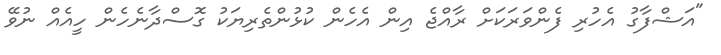
"އަޝްފާގު އެހުރި ފެންވަރަކަށް ރާއްޖެ އިން އެހެން ކުޅުންތެރިޔަކު ގޮސްދާނެހެން ހީއެއް ނުވޭ